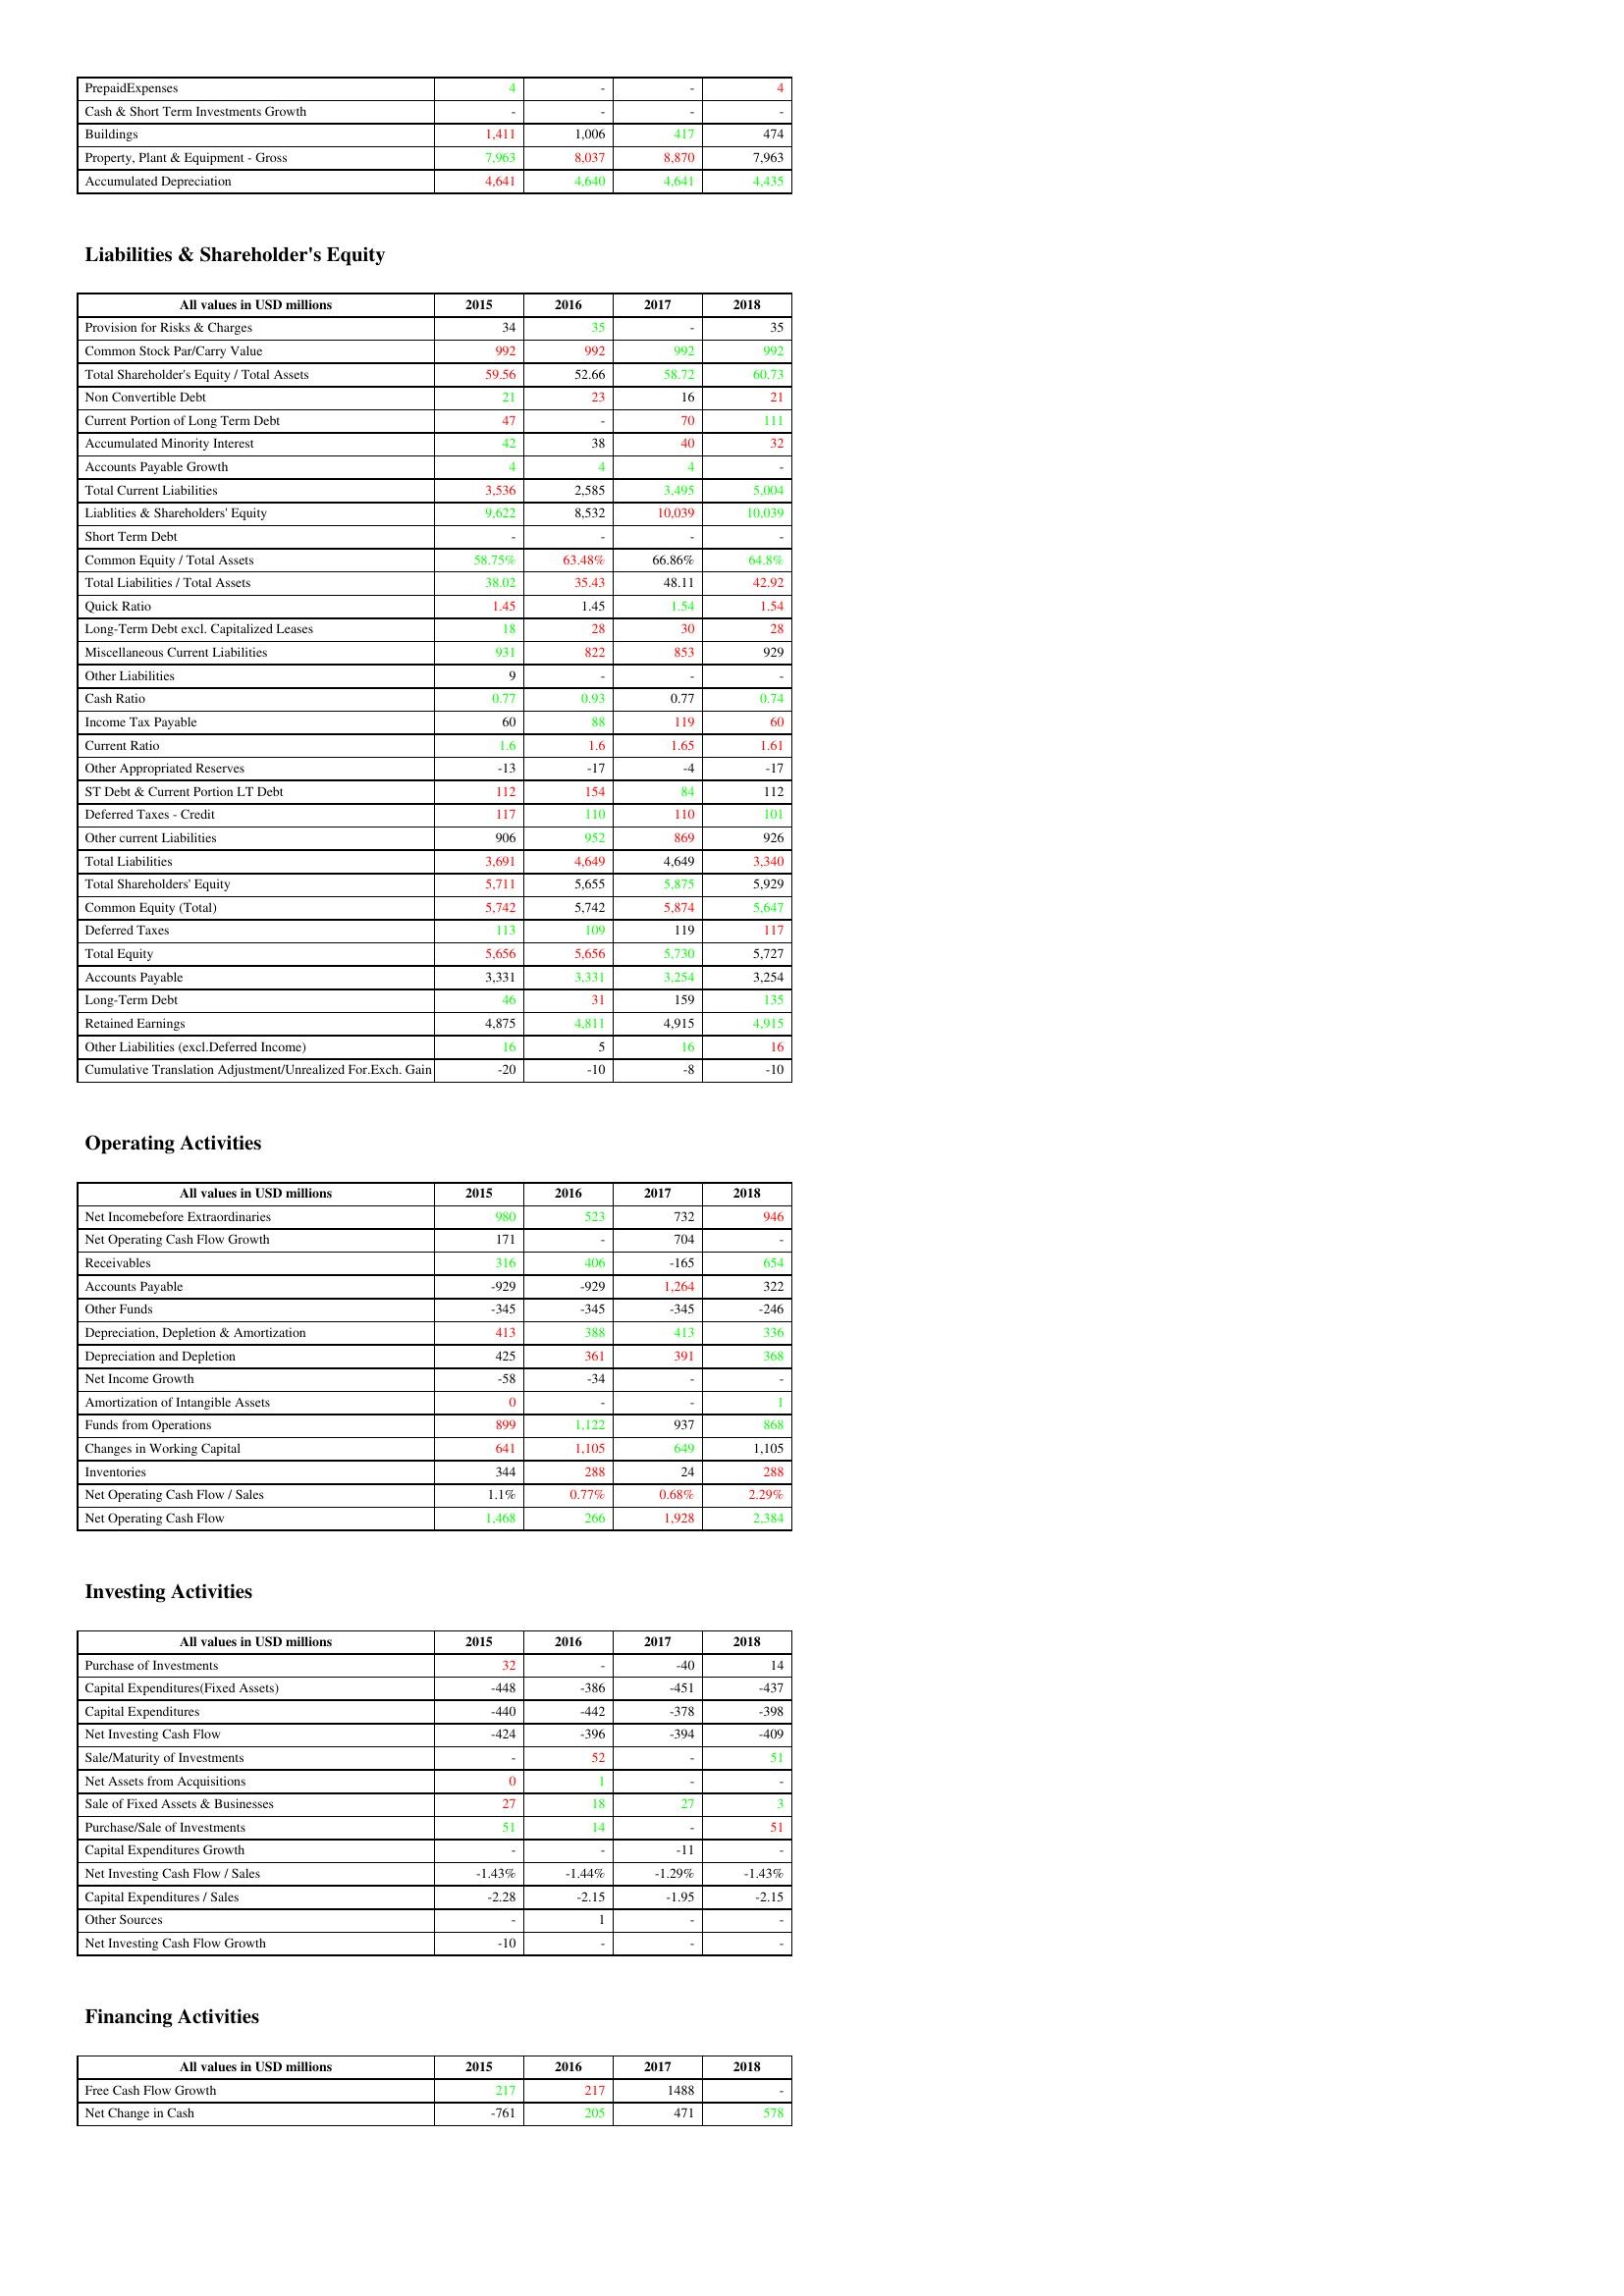
gt_parse: 2015: Assets: PrepaidExpenses: 4
Cash & Short Term Investments Growth: -
Buildings: 1,411
Property, Plant & Equipment - Gross : 7,963
Accumulated Depreciation: 4,641
Liabilities & Shareholder's Equity: Provision for Risks & Charges: 34
Common Stock Par/Carry Value: 992
Total Shareholder's Equity / Total Assets: 59.56
Non Convertible Debt: 21
Current Portion of Long Term Debt: 47
Accumulated Minority Interest: 42
Accounts Payable Growth: 4
Total Current Liabilities: 3,536
Liablities & Shareholders' Equity: 9,622
Short Term Debt: -
Common Equity / Total Assets: 58.75%
Total Liabilities / Total Assets: 38.02
Quick Ratio: 1.45
Long-Term Debt excl. Capitalized Leases: 18
Miscellaneous Current Liabilities: 931
Other Liabilities: 9
Cash Ratio: 0.77
Income Tax Payable: 60
Current Ratio: 1.6
Other Appropriated Reserves: -13
ST Debt & Current Portion LT Debt: 112
Deferred Taxes - Credit: 117
Other current Liabilities: 906
Total Liabilities: 3,691
Total Shareholders' Equity: 5,711
Common Equity (Total): 5,742
Deferred Taxes: 113
Total Equity: 5,656
Accounts Payable: 3,331
Long-Term Debt: 46
Retained Earnings: 4,875
Other Liabilities (excl.Deferred Income): 16
Cumulative Translation Adjustment/Unrealized For.Exch. Gain: -20
Operating Activities: Net Incomebefore Extraordinaries: 980
Net Operating Cash Flow Growth: 171
Receivables: 316
Accounts Payable: -929
Other Funds: -345
Depreciation, Depletion & Amortization: 413
Depreciation and Depletion: 425
Net Income Growth: -58
Amortization of Intangible Assets: 0
Funds from Operations: 899
Changes in Working Capital: 641
Inventories: 344
Net Operating Cash Flow / Sales: 1.1%
Net Operating Cash Flow: 1,468
Investing Activities: Purchase of Investments: 32
Capital Expenditures(Fixed Assets): -448
Capital Expenditures: -440
Net Investing Cash Flow: -424
Sale/Maturity of Investments: -
Net Assets from Acquisitions: 0
Sale of Fixed Assets & Businesses: 27
Purchase/Sale of Investments: 51
Capital Expenditures Growth: -
Net Investing Cash Flow / Sales: -1.43%
Capital Expenditures / Sales: -2.28
Other Sources: -
Net Investing Cash Flow Growth: -10
Financing Activities: Free Cash Flow Growth: 217
Net Change in Cash: -761
2016: Assets: PrepaidExpenses: -
Cash & Short Term Investments Growth: -
Buildings: 1,006
Property, Plant & Equipment - Gross : 8,037
Accumulated Depreciation: 4,640
Liabilities & Shareholder's Equity: Provision for Risks & Charges: 35
Common Stock Par/Carry Value: 992
Total Shareholder's Equity / Total Assets: 52.66
Non Convertible Debt: 23
Current Portion of Long Term Debt: -
Accumulated Minority Interest: 38
Accounts Payable Growth: 4
Total Current Liabilities: 2,585
Liablities & Shareholders' Equity: 8,532
Short Term Debt: -
Common Equity / Total Assets: 63.48%
Total Liabilities / Total Assets: 35.43
Quick Ratio: 1.45
Long-Term Debt excl. Capitalized Leases: 28
Miscellaneous Current Liabilities: 822
Other Liabilities: -
Cash Ratio: 0.93
Income Tax Payable: 88
Current Ratio: 1.6
Other Appropriated Reserves: -17
ST Debt & Current Portion LT Debt: 154
Deferred Taxes - Credit: 110
Other current Liabilities: 952
Total Liabilities: 4,649
Total Shareholders' Equity: 5,655
Common Equity (Total): 5,742
Deferred Taxes: 109
Total Equity: 5,656
Accounts Payable: 3,331
Long-Term Debt: 31
Retained Earnings: 4,811
Other Liabilities (excl.Deferred Income): 5
Cumulative Translation Adjustment/Unrealized For.Exch. Gain: -10
Operating Activities: Net Incomebefore Extraordinaries: 523
Net Operating Cash Flow Growth: -
Receivables: 406
Accounts Payable: -929
Other Funds: -345
Depreciation, Depletion & Amortization: 388
Depreciation and Depletion: 361
Net Income Growth: -34
Amortization of Intangible Assets: -
Funds from Operations: 1,122
Changes in Working Capital: 1,105
Inventories: 288
Net Operating Cash Flow / Sales: 0.77%
Net Operating Cash Flow: 266
Investing Activities: Purchase of Investments: -
Capital Expenditures(Fixed Assets): -386
Capital Expenditures: -442
Net Investing Cash Flow: -396
Sale/Maturity of Investments: 52
Net Assets from Acquisitions: 1
Sale of Fixed Assets & Businesses: 18
Purchase/Sale of Investments: 14
Capital Expenditures Growth: -
Net Investing Cash Flow / Sales: -1.44%
Capital Expenditures / Sales: -2.15
Other Sources: 1
Net Investing Cash Flow Growth: -
Financing Activities: Free Cash Flow Growth: 217
Net Change in Cash: 205
2017: Assets: PrepaidExpenses: -
Cash & Short Term Investments Growth: -
Buildings: 417
Property, Plant & Equipment - Gross : 8,870
Accumulated Depreciation: 4,641
Liabilities & Shareholder's Equity: Provision for Risks & Charges: -
Common Stock Par/Carry Value: 992
Total Shareholder's Equity / Total Assets: 58.72
Non Convertible Debt: 16
Current Portion of Long Term Debt: 70
Accumulated Minority Interest: 40
Accounts Payable Growth: 4
Total Current Liabilities: 3,495
Liablities & Shareholders' Equity: 10,039
Short Term Debt: -
Common Equity / Total Assets: 66.86%
Total Liabilities / Total Assets: 48.11
Quick Ratio: 1.54
Long-Term Debt excl. Capitalized Leases: 30
Miscellaneous Current Liabilities: 853
Other Liabilities: -
Cash Ratio: 0.77
Income Tax Payable: 119
Current Ratio: 1.65
Other Appropriated Reserves: -4
ST Debt & Current Portion LT Debt: 84
Deferred Taxes - Credit: 110
Other current Liabilities: 869
Total Liabilities: 4,649
Total Shareholders' Equity: 5,875
Common Equity (Total): 5,874
Deferred Taxes: 119
Total Equity: 5,730
Accounts Payable: 3,254
Long-Term Debt: 159
Retained Earnings: 4,915
Other Liabilities (excl.Deferred Income): 16
Cumulative Translation Adjustment/Unrealized For.Exch. Gain: -8
Operating Activities: Net Incomebefore Extraordinaries: 732
Net Operating Cash Flow Growth: 704
Receivables: -165
Accounts Payable: 1,264
Other Funds: -345
Depreciation, Depletion & Amortization: 413
Depreciation and Depletion: 391
Net Income Growth: -
Amortization of Intangible Assets: -
Funds from Operations: 937
Changes in Working Capital: 649
Inventories: 24
Net Operating Cash Flow / Sales: 0.68%
Net Operating Cash Flow: 1,928
Investing Activities: Purchase of Investments: -40
Capital Expenditures(Fixed Assets): -451
Capital Expenditures: -378
Net Investing Cash Flow: -394
Sale/Maturity of Investments: -
Net Assets from Acquisitions: -
Sale of Fixed Assets & Businesses: 27
Purchase/Sale of Investments: -
Capital Expenditures Growth: -11
Net Investing Cash Flow / Sales: -1.29%
Capital Expenditures / Sales: -1.95
Other Sources: -
Net Investing Cash Flow Growth: -
Financing Activities: Free Cash Flow Growth: 1488
Net Change in Cash: 471
2018: Assets: PrepaidExpenses: 4
Cash & Short Term Investments Growth: -
Buildings: 474
Property, Plant & Equipment - Gross : 7,963
Accumulated Depreciation: 4,435
Liabilities & Shareholder's Equity: Provision for Risks & Charges: 35
Common Stock Par/Carry Value: 992
Total Shareholder's Equity / Total Assets: 60.73
Non Convertible Debt: 21
Current Portion of Long Term Debt: 111
Accumulated Minority Interest: 32
Accounts Payable Growth: -
Total Current Liabilities: 5,004
Liablities & Shareholders' Equity: 10,039
Short Term Debt: -
Common Equity / Total Assets: 64.8%
Total Liabilities / Total Assets: 42.92
Quick Ratio: 1.54
Long-Term Debt excl. Capitalized Leases: 28
Miscellaneous Current Liabilities: 929
Other Liabilities: -
Cash Ratio: 0.74
Income Tax Payable: 60
Current Ratio: 1.61
Other Appropriated Reserves: -17
ST Debt & Current Portion LT Debt: 112
Deferred Taxes - Credit: 101
Other current Liabilities: 926
Total Liabilities: 3,340
Total Shareholders' Equity: 5,929
Common Equity (Total): 5,647
Deferred Taxes: 117
Total Equity: 5,727
Accounts Payable: 3,254
Long-Term Debt: 135
Retained Earnings: 4,915
Other Liabilities (excl.Deferred Income): 16
Cumulative Translation Adjustment/Unrealized For.Exch. Gain: -10
Operating Activities: Net Incomebefore Extraordinaries: 946
Net Operating Cash Flow Growth: -
Receivables: 654
Accounts Payable: 322
Other Funds: -246
Depreciation, Depletion & Amortization: 336
Depreciation and Depletion: 368
Net Income Growth: -
Amortization of Intangible Assets: 1
Funds from Operations: 868
Changes in Working Capital: 1,105
Inventories: 288
Net Operating Cash Flow / Sales: 2.29%
Net Operating Cash Flow: 2,384
Investing Activities: Purchase of Investments: 14
Capital Expenditures(Fixed Assets): -437
Capital Expenditures: -398
Net Investing Cash Flow: -409
Sale/Maturity of Investments: 51
Net Assets from Acquisitions: -
Sale of Fixed Assets & Businesses: 3
Purchase/Sale of Investments: 51
Capital Expenditures Growth: -
Net Investing Cash Flow / Sales: -1.43%
Capital Expenditures / Sales: -2.15
Other Sources: -
Net Investing Cash Flow Growth: -
Financing Activities: Free Cash Flow Growth: -
Net Change in Cash: 578